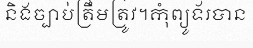
និងច្បាប់ត្រឹមត្រូវ។កុំព្យូទ័របាន